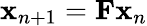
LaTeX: {\mathbf x}_{n+1}={\mathbf F}{\mathbf x}_{n}